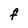
Character: F